Problem: 93 + 15 = ?
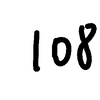
Handwritten answer: 108